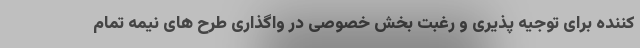
کننده برای توجیه پذیری و رغبت بخش خصوصی در واگذاری طرح های نیمه تمام